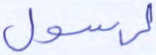
لرسول